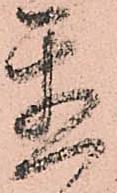
置